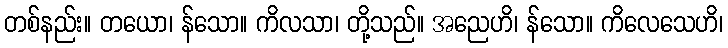
တစ်နည်း။ တယော၊ န်သော။ ကိလသာ၊ တို့သည်။ အညေဟိ၊ န်သော။ ကိလေသေဟိ၊